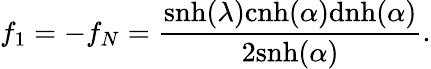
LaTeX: f_{1}=-f_{N}=\frac{\mathrm{snh}(\lambda)\mathrm{cnh}(\alpha)\mathrm{dnh}(\alpha)}{2\mathrm{snh}(\alpha)}.